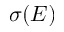
\sigma ( E )